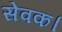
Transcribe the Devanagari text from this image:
सेवक।